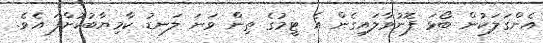
އެންގަލަކުން ބޯޅަ ފޮނުވާލައިގެން އެ ޓީމުގެ ތިން ވަނަ ލަނޑު ކާމިޔާބުކޮށްފަ އެވެ.